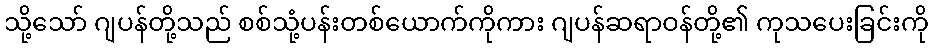
သို့သော် ဂျပန်တို့သည် စစ်သုံ့ပန်းတစ်ယောက်ကိုကား ဂျပန်ဆရာဝန်တို့၏ ကုသပေးခြင်းကို